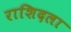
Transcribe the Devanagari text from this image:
राशिदला